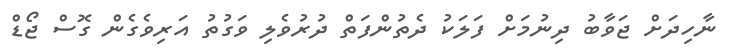
ނާހިދަށް ޖަވާބު ދިނުމަށް ފަލަކު ދެތުންފަތް ދުރުވެލި ވަގުތު އަރިވެގެން ގޮސް ޖޯޑް